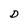
Character: D